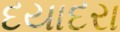
દયાદરા